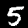
Label: 5